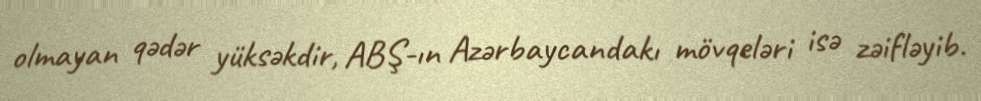
olmayan qədər yüksəkdir, ABŞ-ın Azərbaycandakı mövqeləri isə zəifləyib.